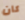
كان